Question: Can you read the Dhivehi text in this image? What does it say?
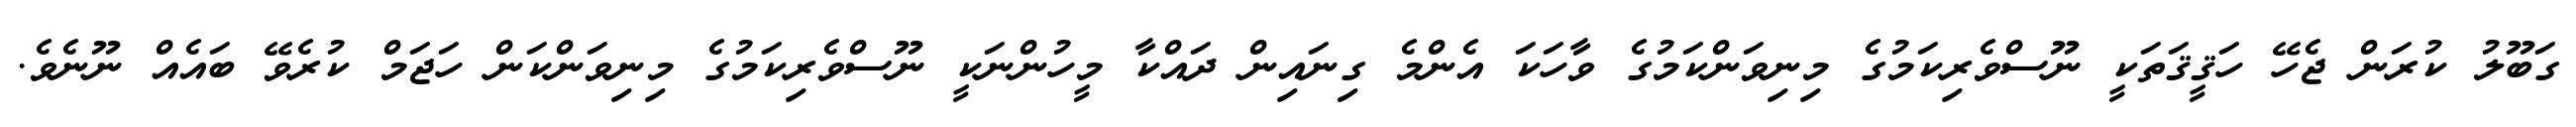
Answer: ގަބޫލު ކުރަން ޖެހޭ ހަޤީޤަތަކީ ނޫސްވެރިކަމުގެ މިނިވަންކަމުގެ ވާހަކަ އެންމެ ގިނައިން ދައްކާ މީހުންނަކީ ނޫސްވެރިކަމުގެ މިނިވަންކަން ހަޖަމް ކުރެވޭ ބައެއް ނޫނެވެ.